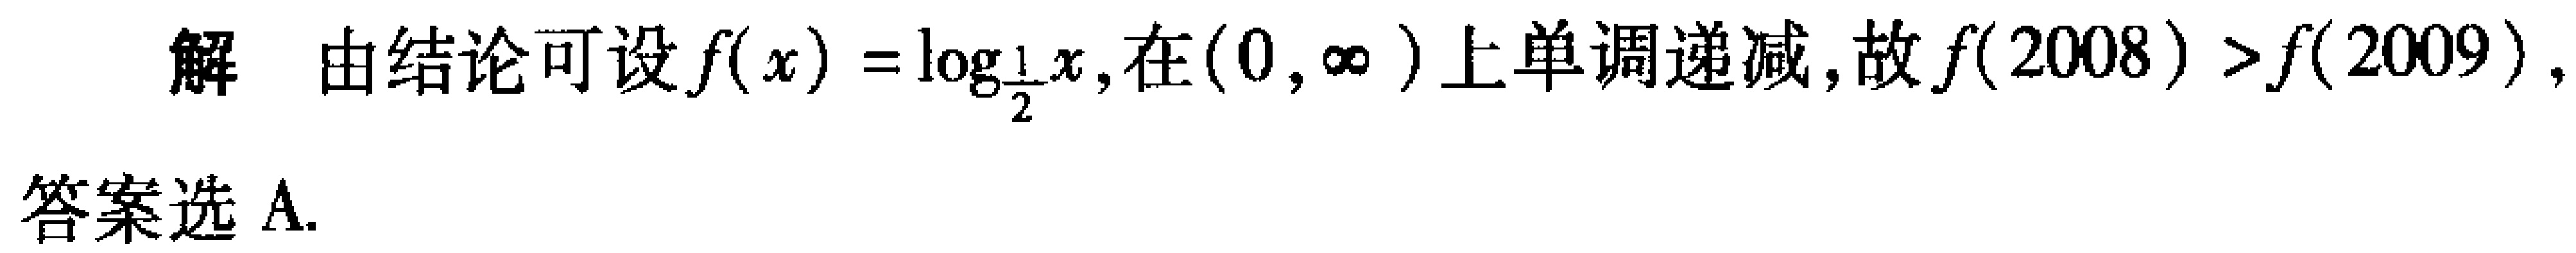
解 由结论可设\(f(x)=\log_{\frac{1}{2}}x\)，在\((0, \infty )\)上单调递减，故\(f(2008)>f(2009)\)，
答案选A.